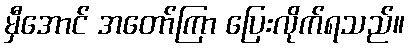
မှီအောင် အတော်ကြာ ပြေးလိုက်ရသည်။